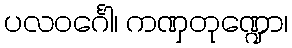
ပလဝင်္ဂေါ၊ ကဏှတုဏ္ဍော၊